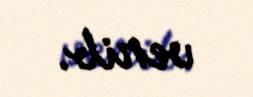
verib.